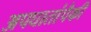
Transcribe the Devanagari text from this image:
अपघातांपैकी